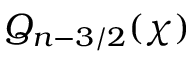
Q _ { n - 3 / 2 } ( \chi )